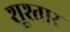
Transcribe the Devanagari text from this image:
शूश्तार